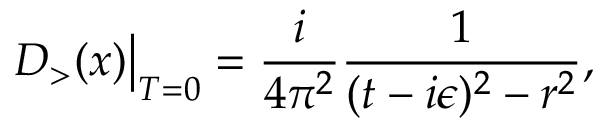
D _ { > } ( x ) \big | _ { T = 0 } = { \frac { i } { 4 \pi ^ { 2 } } } { \frac { 1 } { ( t - i \epsilon ) ^ { 2 } - r ^ { 2 } } } ,